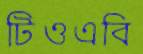
টিওএবি